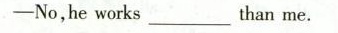
——No,he works ___ than me.